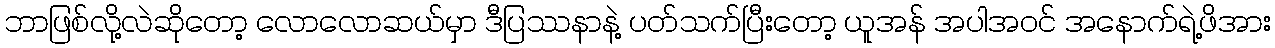
ဘာဖြစ်လို့လဲဆိုတော့ လောလောဆယ်မှာ ဒီပြဿနာနဲ့ ပတ်သက်ပြီးတော့ ယူအန် အပါအဝင် အနောက်ရဲ့ဖိအား